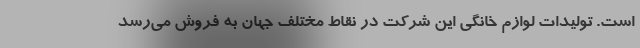
است. تولیدات لوازم خانگی این شرکت در نقاط مختلف جهان به فروش می‌رسد